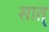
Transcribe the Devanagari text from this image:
सात्